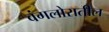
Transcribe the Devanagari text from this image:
बंगलोरातील